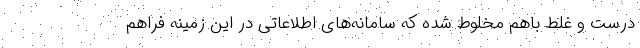
درست و غلط باهم مخلوط شده که سامانه‌های اطلاعاتی در این زمینه فراهم